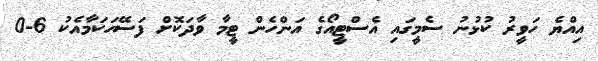
އިއްޔެ ހަވީރު ކުޅުނު ސެމީގައި އެސްޓީއޯގެ އަންހެން ޓީމާ ވާދަކޮށް ފަސޭހަކަމާއެކު 6-0